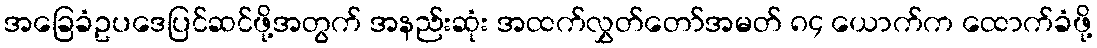
အခြေခံဥပဒေပြင်ဆင်ဖို့အတွက် အနည်းဆုံး အထက်လွှတ်တော်အမတ် ၈၄ ယောက်က ထောက်ခံဖို့